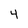
Character: 4